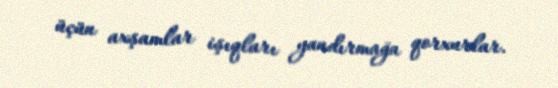
üçün axşamlar işıqları yandırmağa qorxurlar.